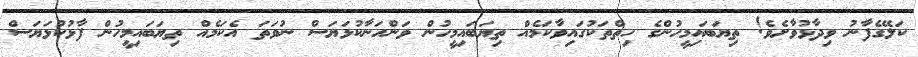
ކަލޭގެފާނު ވިދާޅުވާށެވެ! ތިޔަބައިމީހުންގެ ހިތްތަކުގައިވާކަމެއް ތިޔަބައިމީހުން ވަންހަނާކުޅަޔަސް ނުވަތަ އެކަމެއް ތިޔަބައިމީހުން ފާޅުކުޅަޔަސް